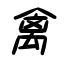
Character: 禽